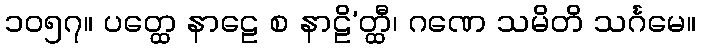
၁၀၅၇။ ပတ္ထေ နာဠေ စ နာဠိ’တ္ထီ၊ ဂဏေ သမိတိ သင်္ဂမေ။